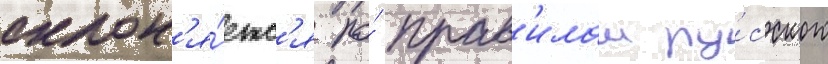
склон'я́етс'я по́ прав'илам ру́сского